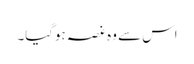
اس سے وہ غصہ ہوگیا۔